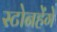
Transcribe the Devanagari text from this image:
स्टोनहेंगे